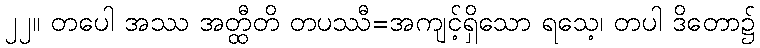
၂၂။ တပေါ အဿ အတ္ထီတိ တပဿီ=အကျင့်ရှိသော ရသေ့၊ တပါ ဒိတော၌